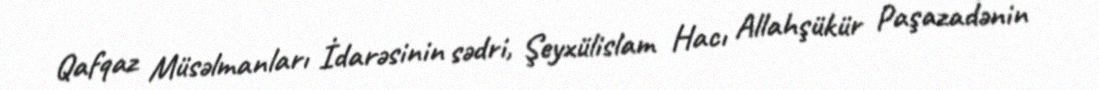
Qafqaz Müsəlmanları İdarəsinin sədri, Şeyxülislam Hacı Allahşükür Paşazadənin